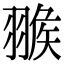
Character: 𦑚